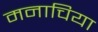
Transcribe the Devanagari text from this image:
मनाचिया